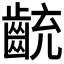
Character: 𪗯